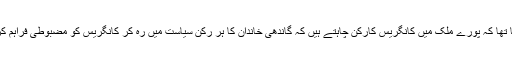
ان کا کہنا تھا کہ پورے ملک میں کانگریس کارکن چاہتے ہیں کہ گاندھی خاندان کا ہر رکن سیاست میں رہ کر کانگریس کو مضبوطی فراہم کرتا رہے۔